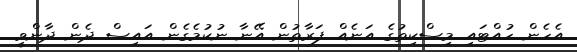
އެހެން ހުއްޓައި މިސްކިތުގެ އަނެއް ފަރާތުން އޭނާ ނުކުމެގެން އައިސް ދެން ދާންވީ